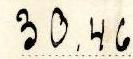
30.46